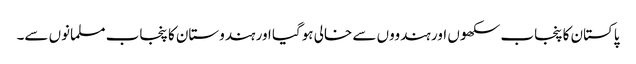
پاکستان کا پنجاب سکھوں اور ہندووں سے خالی ہوگیا اور ہندوستان کا پنجاب مسلمانوں سے۔